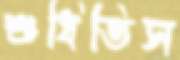
শুধিতিস